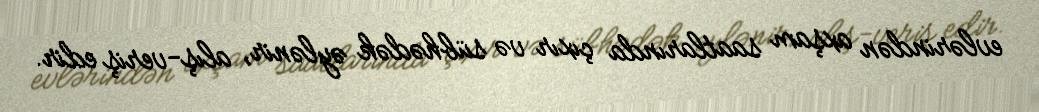
evlərindən axşam saatlarında çıxır və sübhədək əylənir, alış-veriş edir.